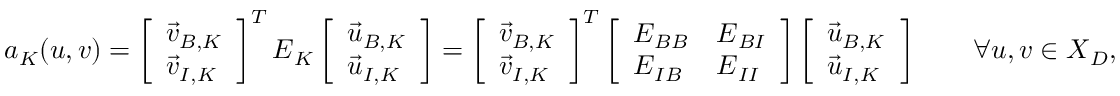
\begin{array} { r } { a _ { K } ( \boldsymbol { u } , \boldsymbol { v } ) = \left[ \begin{array} { l } { \vec { v } _ { B , K } } \\ { \vec { v } _ { I , K } } \end{array} \right] ^ { T } \boldsymbol { E } _ { K } \left[ \begin{array} { l } { \vec { u } _ { B , K } } \\ { \vec { u } _ { I , K } } \end{array} \right] = \left[ \begin{array} { l } { \vec { v } _ { B , K } } \\ { \vec { v } _ { I , K } } \end{array} \right] ^ { T } \left[ \begin{array} { l l } { \boldsymbol { E } _ { B B } } & { \boldsymbol { E } _ { B I } } \\ { \boldsymbol { E } _ { I B } } & { \boldsymbol { E } _ { I I } } \end{array} \right] \left[ \begin{array} { l } { \vec { u } _ { B , K } } \\ { \vec { u } _ { I , K } } \end{array} \right] \qquad \forall \boldsymbol { u } , \boldsymbol { v } \in \boldsymbol { X } _ { D } , } \end{array}